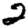
Digit: 2